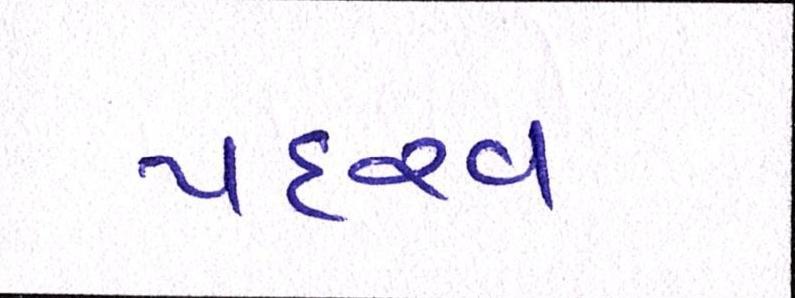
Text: પદરવ